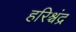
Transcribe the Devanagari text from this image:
हरिश्र्चंद्र